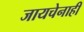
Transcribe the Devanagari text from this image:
जायचेनाही